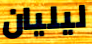
ليليان